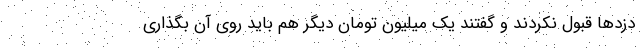
دزد‌ها قبول نکردند و گفتند یک میلیون تومان دیگر هم باید روی آن بگذاری